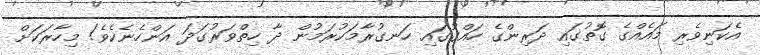
އެކަނިވެރި މައެއްގެ ގޮތުގައި ދަރިންގެ ހައްގުގައި ހަނގުރާމަކުރަމުން ދާ ހިތްވަރުގަދަ އަންހެނެކެވެ! މިހާރަކަށް